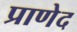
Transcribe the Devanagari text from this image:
प्राणेद